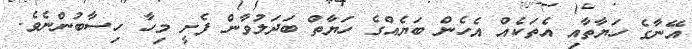
އޭނާގެ ހަޔާތާއި އެތަކެއް އެހެން ބަޔެއްގެ ހަޔާތް ބަދަލުވާން ފެށީ މިހާ ހިސާބުންނެވެ.